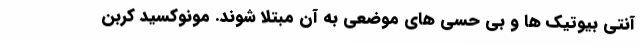
آنتی بیوتیک ها و بی حسی های موضعی به آن مبتلا شوند. مونوکسید کربن